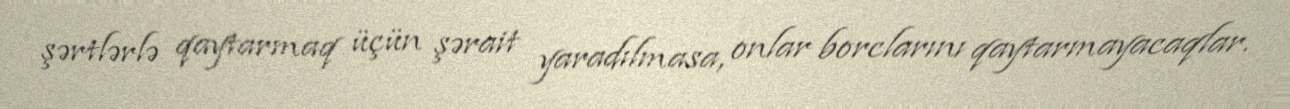
şərtlərlə qaytarmaq üçün şərait yaradılmasa, onlar borclarını qaytarmayacaqlar.